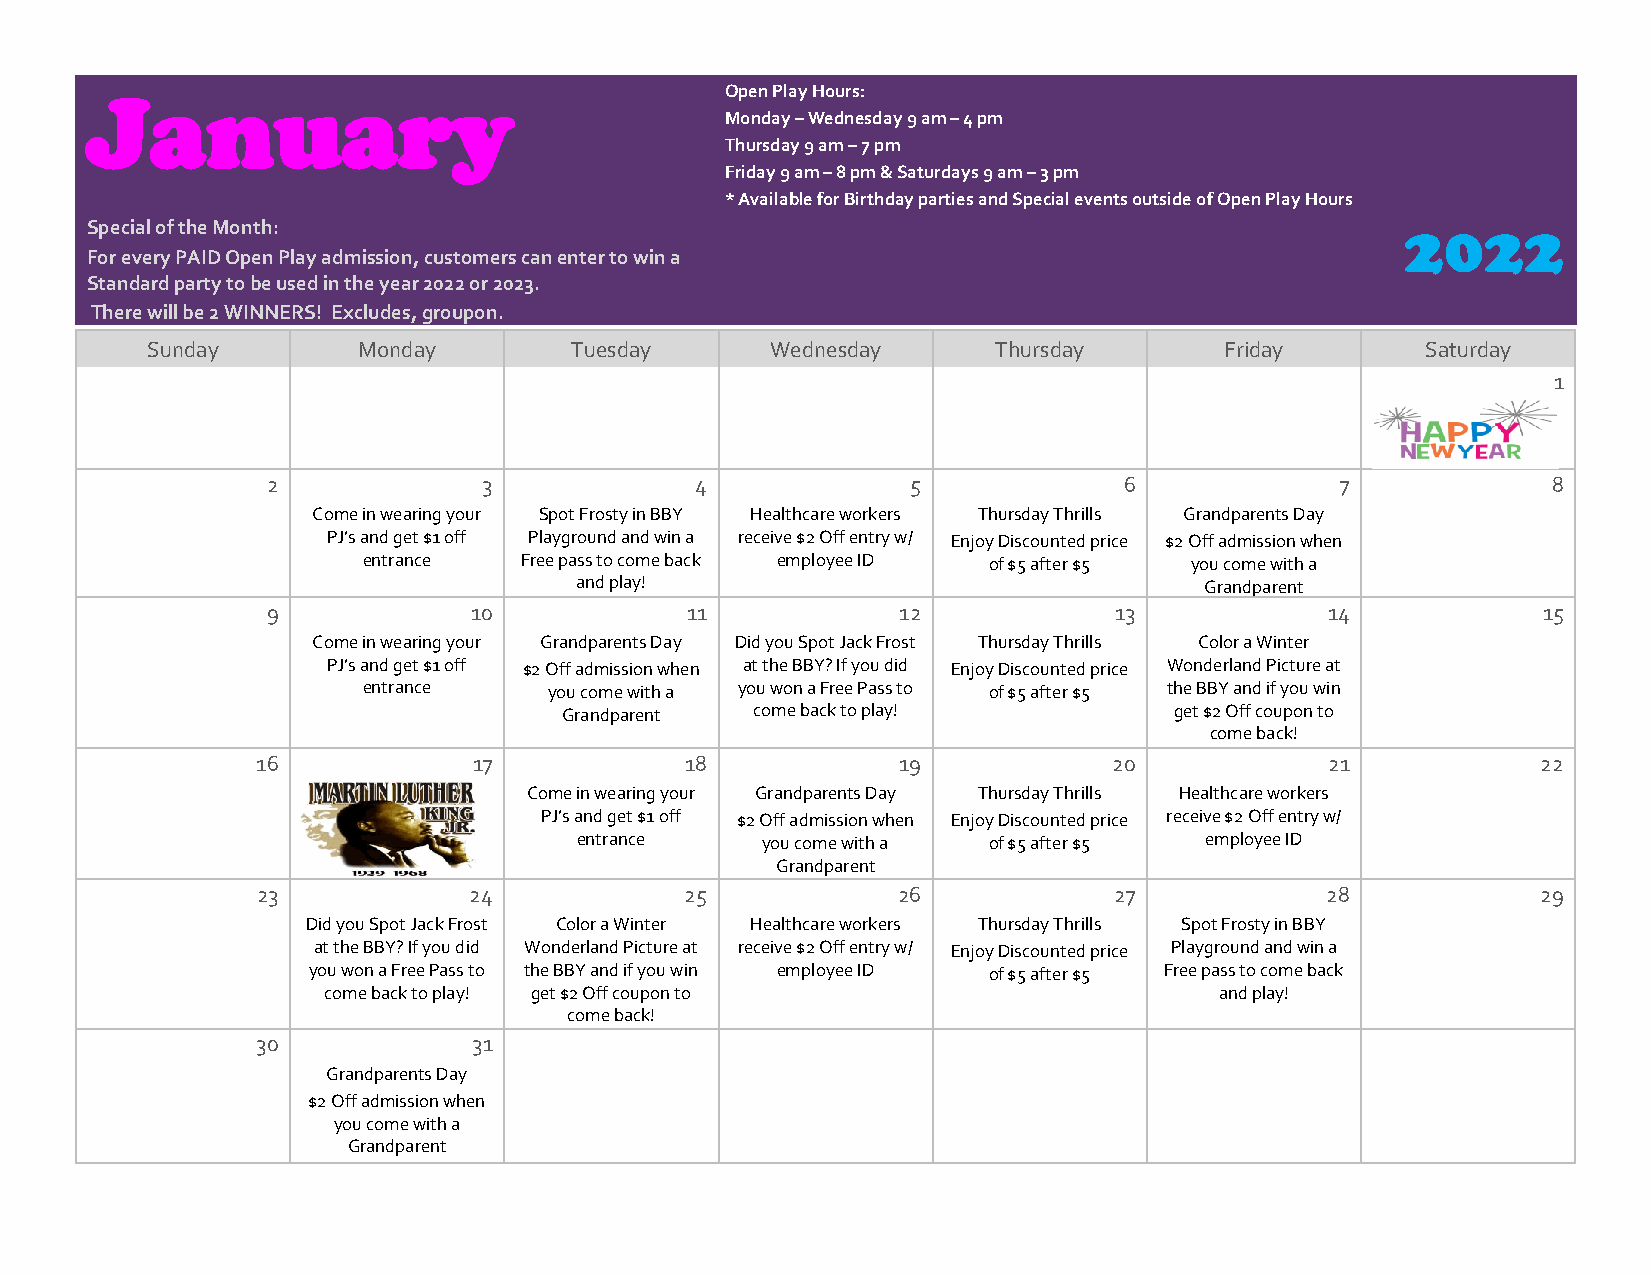
January                                   Open Play Hours:
 Monday – Wednesday 9 am – 4 pm
 Thursday 9 am – 7 pm
 Friday 9 am – 8 pm & Saturdays 9 am – 3 pm
 * Available for Birthday parties and Special events outside of Open Play Hours
 Special of the Month:                                                                  2022
 For every PAID Open Play admission, customers can enter to win a
 Standard party to be used in the year 2022 or 2023.
 There will be 2 WINNERS! Excludes, groupon.
 Sunday        Monday        Tuesday      Wednesday      Thursday       Friday       Saturday
 1
 2             3             4             5             6              7  This Photo by 8
 Come in wearing your Spot Frosty in BBY Healthcare workers Thursday Thrills Grandparents Day
 PJ’s and get $1 off Playground and win a receive $2 Off entry w/ Enjoy Discounted price $2 Off admission when
 entrance  Free pass to come back employee ID of $5 after $5 you come with a
 and play!                                 Grandparent
 9            10            11             12            13            14            15
 Come in wearing your Grandparents Day Did you Spot Jack Frost Thursday Thrills Color a Winter
 PJ’s and get $1 off $2 Off admission when at the BBY? If you did Enjoy Discounted price Wonderland Picture at
 entrance    you come with a you won a Free Pass to of $5 after $5 the BBY and if you win
 Grandparent  come back to play!          get $2 Off coupon to
 come back!
 16            17            18            19             20            21            22
 Come in wearing your Grandparents Day Thursday Thrills Healthcare workers
 PJ’s and get $1 off $2 Off admission when Enjoy Discounted price receive $2 Off entry w/
 entrance    you come with a of $5 after $5 employee ID
 Grandparent
 23            24            25            26             27            28            29
 Did you Spot Jack Frost Color a Winter Healthcare workers Thursday Thrills Spot Frosty in BBY
 at the BBY? If you did Wonderland Picture at receive $2 Off entry w/ Enjoy Discounted price Playground and win a
 you won a Free Pass to the BBY and if you win employee ID of $5 after $5 Free pass to come back
 come back to play! get $2 Off coupon to                     and play!
 come back!
 30            31
 Grandparents Day
 $2 Off admission when
 you come with a
 Grandparent